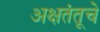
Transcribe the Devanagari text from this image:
अक्षतंतूचे